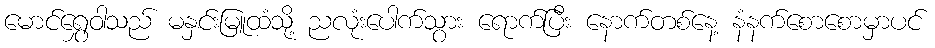
မောင်ရွှေဝါသည် မနှင်းမြူထံသို့ ညလုံးပေါက်သွား ရောက်ပြီး နောက်တစ်နေ့ နံနက်စောစောမှာပင်